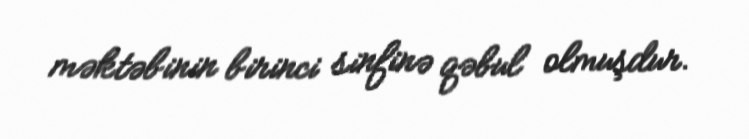
məktəbinin birinci sinfinə qəbul olmuşdur.